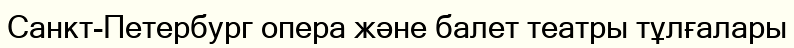
Санкт-Петербург опера және балет театры тұлғалары